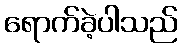
ရောက်ခဲ့ပါသည်